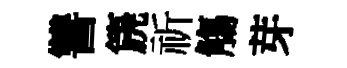
讐篪祈觴芽